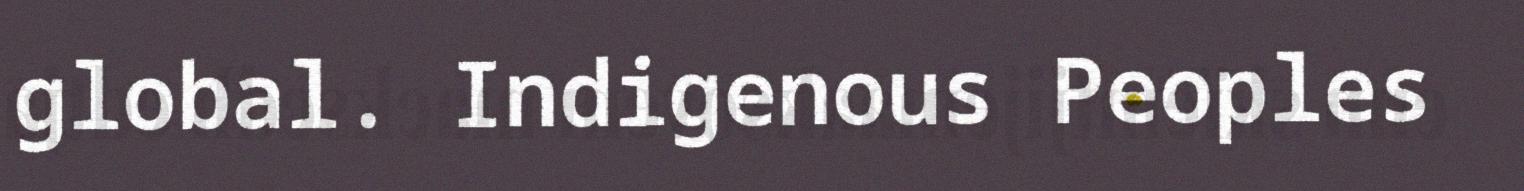
global. Indigenous Peoples